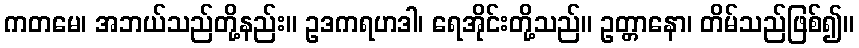
ကတမေ၊ အဘယ်သည်တို့နည်း။ ဥဒကရဟဒါ၊ ရေအိုင်းတို့သည်။ ဥတ္တာနော၊ တိမ်သည်ဖြစ်၍။